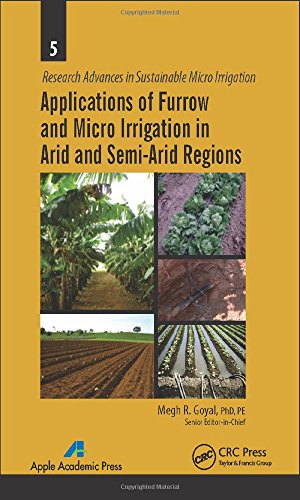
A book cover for Applications of Furrow and Micro Irrigation in Arid and Semi-Arid Regions (Research Advances in Sustainable Micro Irrigation); Science & Math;